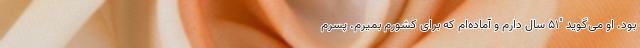
بود. او می‌گوید "۵۱ سال دارم و آماده‌ام که برای کشورم بمیرم. پسرم